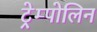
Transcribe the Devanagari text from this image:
ट्रेम्पोलिन